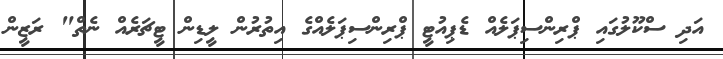
އަދި ސްކޫލުގައި ޕްރިންސިޕަލެއް ޑެޕިއުޓީ ޕްރިންސިޕަލެއްގެ އިތުރުން ލީޑިން ޓީޗަރެއް ނެތް" ރަޒީން